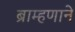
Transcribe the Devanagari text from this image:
ब्राम्हणाने